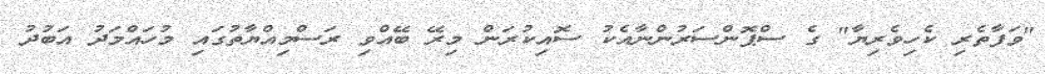
"ވަފާތެރި ކެހިވެރިޔާ" ގެ ސްޕޮންސަރުންނާއެކު ސޮއިކުރަން މިރޭ ބޭއްވި ރަސްމިއްޔާތުގައި މުހައްމަދު އަބުދު